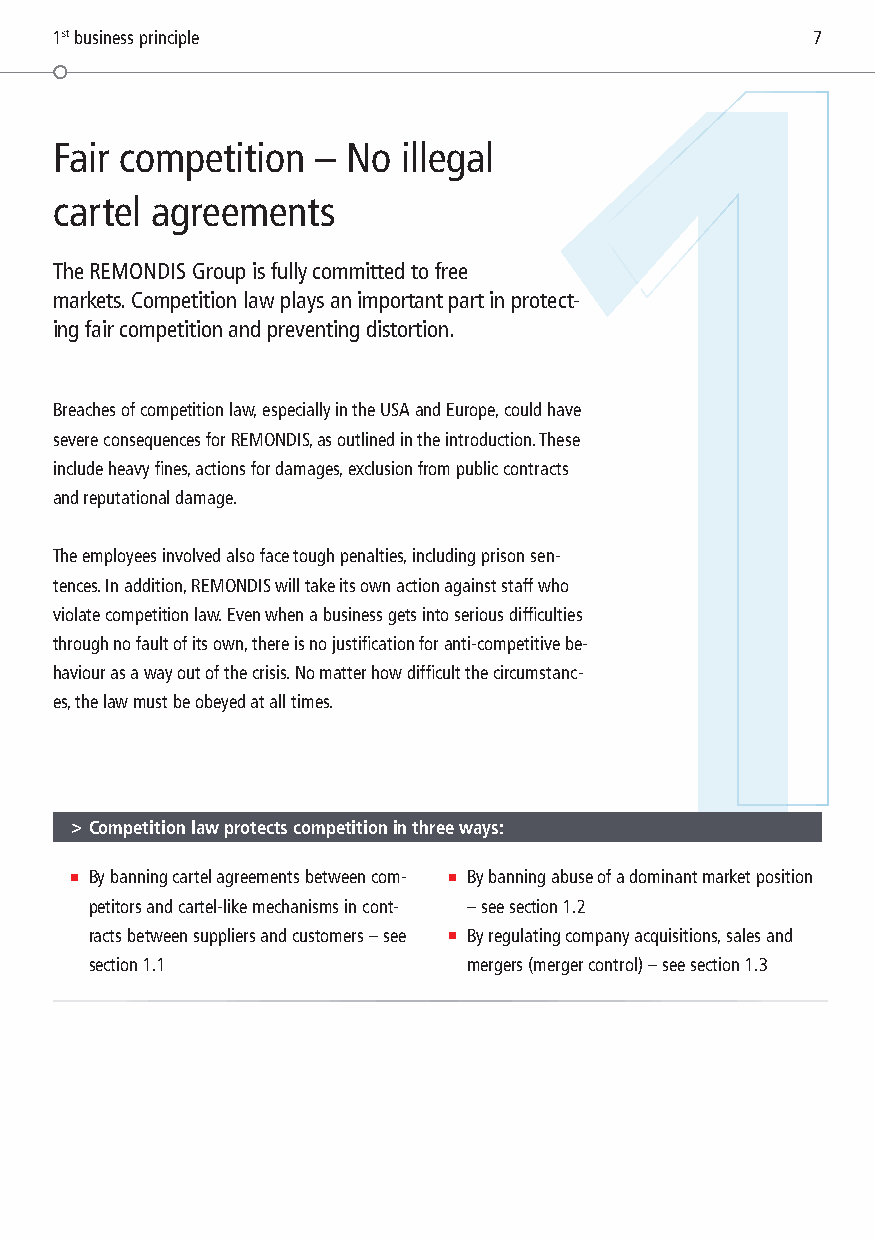
1st business principle                            7
 1
 Fair competition – No  illegal
 cartel agreements
 The REMONDIS Group is fully committed to free
 markets. Competition law plays an important part in protect-
 ing fair competition and preventing distortion.
 Breaches of competition law, especially in the USA and Europe, could have
 severe consequences for REMONDIS, as outlined in the introduction. These
 include heavy fines, actions for damages, exclusion from public contracts
 and reputational damage.
 The employees involved also face tough penalties, including prison sen-
 tences. In addition, REMONDIS will take its own action against staff who
 violate competition law. Even when a business gets into serious difficulties
 through no fault of its own, there is no justification for anti-competitive be-
 haviour as a way out of the crisis. No matter how difficult the circumstanc-
 es, the law must be obeyed at all times.
 > Competition law protects competition in three ways:
 ■ By banning cartel agreements between com- ■ By banning abuse of a dominant market position
 petitors and cartel-like mechanisms in cont- – see section 1.2
 racts be tween suppliers and customers – see ■ By regulating company acquisitions, sales and
 section 1.1              mergers (merger control) – see section 1.3